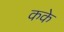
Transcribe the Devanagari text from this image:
कके